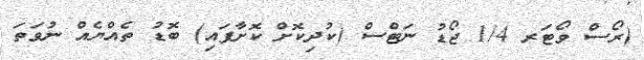
(ރޯސް ވޯޓަރ 1/4 ޖޯޑު ނަޓްސް (ކުދިކޮށް ކޮށާފައި) ބޮޑު ތެއްޔެއް ނުވަތަ